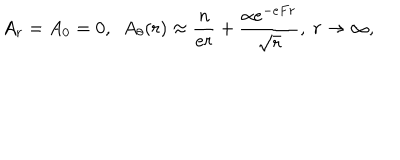
A _ { r } = A _ { 0 } = 0 , ~ ~ A _ { \theta } ( r ) \approx { \frac { n } { e r } } + { \frac { \alpha e ^ { - e F r } } { \sqrt r } } , ~ r \to \infty ,